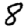
Digit: 8